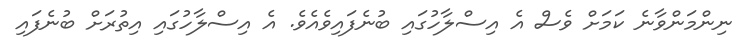
ނިންމަންވާނެ ކަމަށް ވެސް އެ އިސްލާހުގައި ބުނެފައިވެއެވެ. އެ އިސްލާހުގައި އިތުރަށް ބުނެފައި